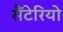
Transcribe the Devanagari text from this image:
सैंटेरियो